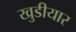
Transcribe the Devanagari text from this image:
खुडीयार